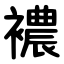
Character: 襛